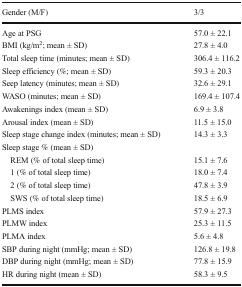
<table><thead><tr><td><b>Gender (M/F)</b></td><td><b>3/3</b></td></tr></thead><tbody><tr><td>Age at PSG</td><td>57.0 ± 22.1</td></tr><tr><td>BMI (kg/m<sup>2</sup>; mean ± SD)</td><td>27.8 ± 4.0</td></tr><tr><td>Total sleep time (minutes; mean ± SD)</td><td>306.4 ± 116.2</td></tr><tr><td>Sleep efficiency (%; mean ± SD)</td><td>59.3 ± 20.3</td></tr><tr><td>Seep latency (minutes; mean ± SD)</td><td>32.6 ± 29.1</td></tr><tr><td>WASO (minutes; mean ± SD)</td><td>169.4 ± 107.4</td></tr><tr><td>Awakenings index (mean ± SD)</td><td>6.9 ± 3.8</td></tr><tr><td>Arousal index (mean ± SD)</td><td>11.5 ± 15.0</td></tr><tr><td>Sleep stage change index (minutes; mean ± SD)</td><td>14.3 ± 3.3</td></tr><tr><td>Sleep stage % (mean ± SD)</td><td></td></tr><tr><td> REM (% of total sleep time)</td><td>15.1 ± 7.6</td></tr><tr><td> 1 (% of total sleep time)</td><td>18.0 ± 7.4</td></tr><tr><td> 2 (% of total sleep time)</td><td>47.8 ± 3.9</td></tr><tr><td> SWS (% of total sleep time)</td><td>18.5 ± 6.9</td></tr><tr><td>PLMS index</td><td>57.9 ± 27.3</td></tr><tr><td>PLMW index</td><td>25.3 ± 11.5</td></tr><tr><td>PLMA index</td><td>5.6 ± 4.8</td></tr><tr><td>SBP during night (mmHg; mean ± SD)</td><td>126.8 ± 19.8</td></tr><tr><td>DBP during night (mmHg; mean ± SD)</td><td>77.8 ± 15.9</td></tr><tr><td>HR during night (mean ± SD)</td><td>58.3 ± 9.5</td></tr></tbody></table>